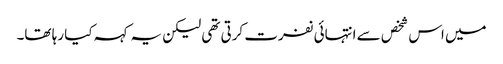
میں اس شخص سے انتہائی نفرت کرتی تھی لیکن یہ کہہ کیا رہا تھا۔